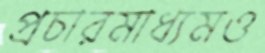
প্রচারমাধ্যমও